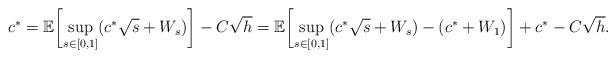
LaTeX: \begin{align*}c^* = \mathbb{E} \biggl[ \sup_{s \in [0,1]} (c^* \sqrt{s} + W_{s}) \biggr] - C \sqrt{h} = \mathbb{E} \biggl[ \sup_{s \in [0,1]} (c^* \sqrt{s} + W_{s}) - (c^*+W_{1}) \biggr] + c^* - C \sqrt{h}.\end{align*}